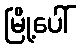
မြို့ပေါ်